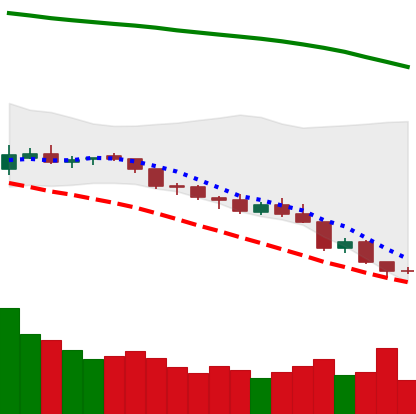
Ticker: NEO-USD
Chart end date: 2018-08-12
Forward return: 9.561%
Label: up_7plus